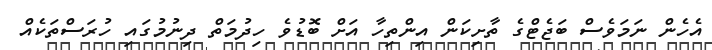
އެހެން ނަމަވެސް ބަޖެޓްގެ ތާށިކަން އިންތިހާ އަށް ބޮޑުވެ ހިދުމަތް ދިނުމުގައި ހުރަސްތަކެއް